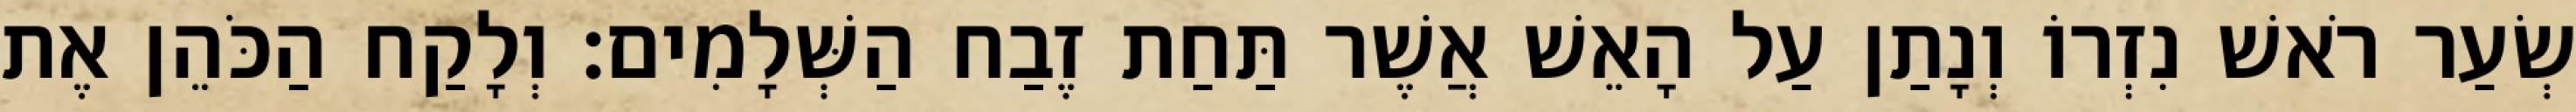
שְׂעַר רֹאשׁ נִזְרוֹ וְנָתַן עַל הָאֵשׁ אֲשֶׁר תַּחַת זֶבַח הַשְּׁלָמִים׃ וְלָקַח הַכֹּהֵן אֶת